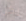
يكن